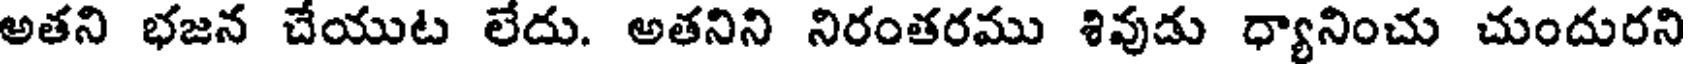
అతని భజన చేయుట లేదు. అతనిని నిరంతరము శివుడు ధ్యానించు చుందురని